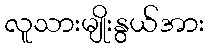
လူသားမျိုးနွယ်အား